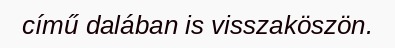
című dalában is visszaköszön.